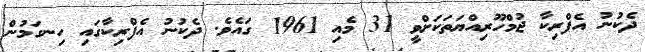
ދެކުނު އެފްރިކާ ޖުމްހޫރިއްޔަތަކަށްވީ 31 މެއި 1961 ގައެވެ. ދެކުނު އެފްރިކާގައި ހިނގަމުން